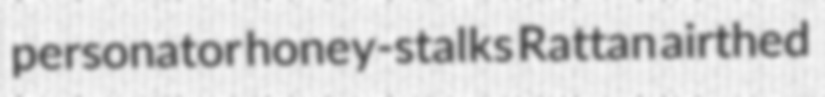
personator honey-stalks Rattan airthed